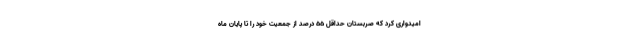
امیدواری کرد که صربستان حداقل 55 درصد از جمعیت خود را تا پایان ماه